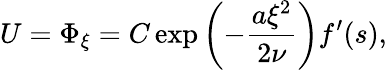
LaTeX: U=\Phi_{\xi}=C\exp\left(-\frac{a\xi^{2}}{2\nu}\right)f^{\prime}(s),